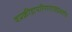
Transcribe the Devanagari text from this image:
वप्रक्रीडापरिणतगजप्रेक्षणीयं